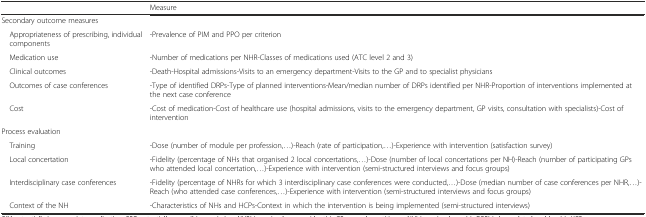
<table><thead><tr><td></td><td><b>Measure</b></td></tr></thead><tbody><tr><td colspan="2">Secondary outcome measures</td></tr><tr><td> Appropriateness of prescribing, individual components</td><td>-Prevalence of PIM and PPO per criterion</td></tr><tr><td> Medication use</td><td>-Number of medications per NHR-Classes of medications used (ATC level 2 and 3)</td></tr><tr><td> Clinical outcomes</td><td>-Death-Hospital admissions-Visits to an emergency department-Visits to the GP and to specialist physicians</td></tr><tr><td> Outcomes of case conferences</td><td>-Type of identified DRPs-Type of planned interventions-Mean/median number of DRPs identified per NHR-Proportion of interventions implemented at the next case conference</td></tr><tr><td> Cost</td><td>-Cost of medication-Cost of healthcare use (hospital admissions, visits to the emergency department, GP visits, consultation with specialists)-Cost of intervention</td></tr><tr><td>Process evaluation</td><td></td></tr><tr><td> Training</td><td>-Dose (number of module per profession,...)-Reach (rate of participation,...)-Experience with intervention (satisfaction survey)</td></tr><tr><td> Local concertation</td><td>-Fidelity (percentage of NHs that organised 2 local concertations,...)-Dose (number of local concertations per NH)-Reach (number of participating GPs who attended local concertation,...)-Experience with intervention (semi-structured interviews and focus groups)</td></tr><tr><td> Interdisciplinary case conferences</td><td>-Fidelity (percentage of NHRs for which 3 interdisciplinary case conferences were conducted,...)-Dose (median number of case conferences per NHR,...)-Reach (who attended case conferences,...)-Experience with intervention (semi-structured interviews and focus groups)</td></tr><tr><td> Context of the NH</td><td>-Characteristics of NHs and HCPs-Context in which the intervention is being implemented (semi-structured interviews)</td></tr></tbody></table>